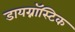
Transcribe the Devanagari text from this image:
डायग्नॉस्टिक